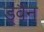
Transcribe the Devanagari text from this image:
ड्वैन